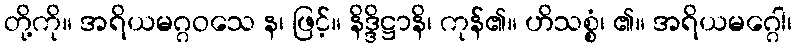
တို့ကို။ အရိယမဂ္ဂဝသေ န၊ ဖြင့်။ နိဒ္ဒိဋ္ဌာနိ၊ ကုန်၏။ ဟိသစ္စံ၊ ၏။ အရိယမဂ္ဂေါ၊